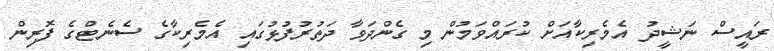
ރައީސް ނަޝީދު އެމެރިކާއަށް ކުރައްވަމުން މި ގެންދަވާ ދަތުރުފުޅުގައި އެމެރިކާގެ ސެނެޓްގެ ފޮރިން